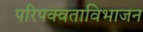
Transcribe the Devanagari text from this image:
परिपक्वताविभाजन